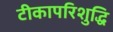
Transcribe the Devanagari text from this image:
टीकापरिशुद्धि